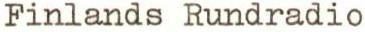
Finlands Rundradio